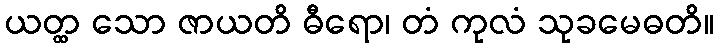
ယတ္ထ သော ဇာယတိ ဓီရော၊ တံ ကုလံ သုခမေဓတိ။